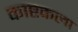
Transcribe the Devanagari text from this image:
काष्टकला